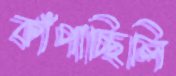
কাঁপাচ্ছিলি